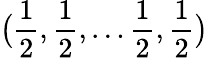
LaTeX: {\bigl(}{\frac{1}{2}},{\frac{1}{2}},\ldots{\frac{1}{2}},{\frac{1}{2}}{\bigr)}